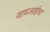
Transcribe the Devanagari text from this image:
वाघजाईचा